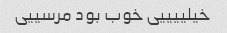
خیلییییی خوب بود مرسییی